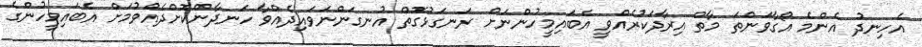
އެހިނދު އެންމެ އޯގާވަންތަ މާތް އިރާދަކުރެއްވީ އެބައިމީހުންނަށް ރަނގަޅުގޮތް އުނގަންނަވައިދެއްވާ ހަނދާންކޮށްދެއްވުމަށް އެބައިމީހުންގެ